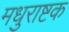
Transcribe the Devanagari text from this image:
मधुराष्टक